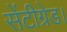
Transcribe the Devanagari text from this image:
सेंटीग्रेड।